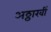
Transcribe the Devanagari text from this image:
अठ्ठारवीं